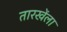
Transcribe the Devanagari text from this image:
तारखेंला